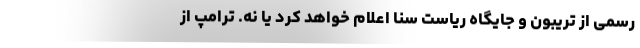
رسمی از تریبون و جایگاه ریاست سنا اعلام خواهد کرد یا نه. ترامپ از